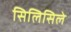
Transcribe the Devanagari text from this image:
सिलिसिले